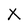
Character: X